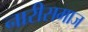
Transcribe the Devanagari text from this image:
नारीसमाज